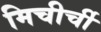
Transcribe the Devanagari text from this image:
मिचीर्ची